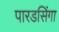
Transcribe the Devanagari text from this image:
पारडसिंगा